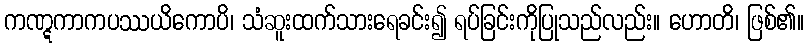
ကဏ္ဋကာကပဿယိကောပိ၊ သံဆူးထက်သားရေခင်း၍ ရပ်ခြင်းကိုပြုသည်လည်း။ ဟောတိ၊ ဖြစ်၏။